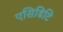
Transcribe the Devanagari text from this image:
एसिडिटि